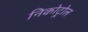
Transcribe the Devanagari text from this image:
निकोट्रोल